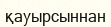
қауырсыннан